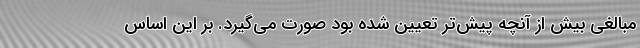
مبالغی بیش از آنچه پیش‌تر تعیین شده بود صورت می‌گیرد. بر این اساس